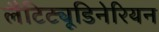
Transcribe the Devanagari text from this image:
लैटिट्यूडिनेरियन